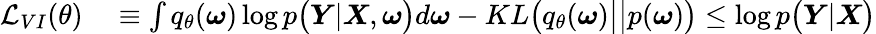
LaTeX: \begin{array}{rl}{\mathcal{L}_{VI}(\theta)}&{{}\equiv\int q_{\theta}(\boldsymbol{\omega})\log p\big(\boldsymbol{Y}|\boldsymbol{X},\boldsymbol{\omega}\big)d\boldsymbol{\omega}-KL\big(q_{\theta}(\boldsymbol{\omega})\big|\big|p(\boldsymbol{\omega})\big)\leq\log p\big(\boldsymbol{Y}|\boldsymbol{X}\big)}\end{array}